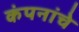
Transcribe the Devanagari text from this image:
कंपनांचे